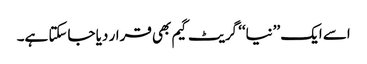
اسے ایک ’’نیا‘‘ گریٹ گیم بھی قرار دیا جاسکتا ہے۔